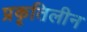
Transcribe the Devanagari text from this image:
प्रकृतिलीन